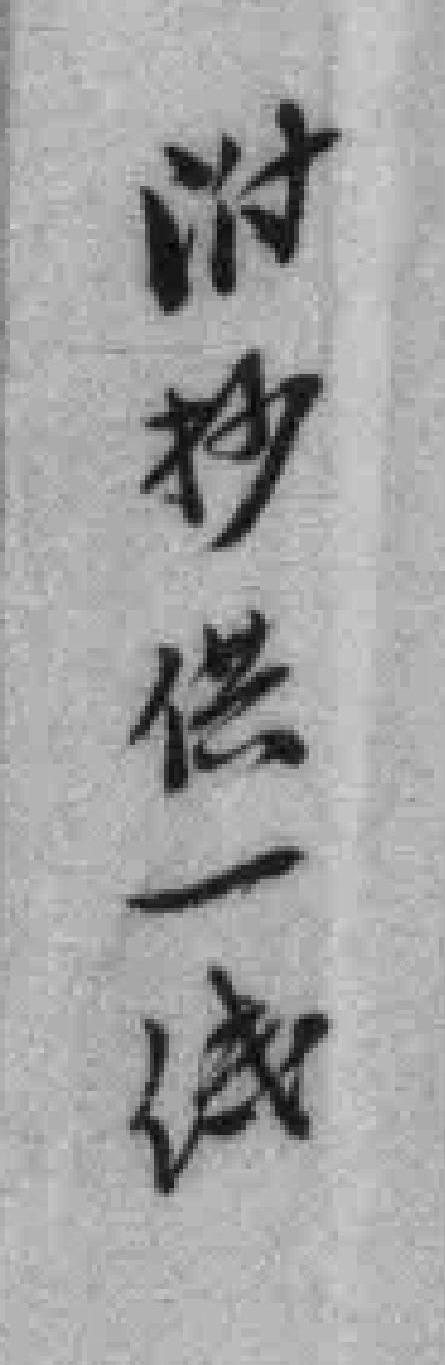
附抄供一纸